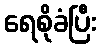
ရေစိုခံပြီး